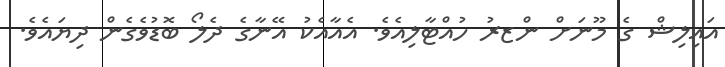
އައިލިޝް ގެ މޫނަށް ންޒރު ހުއްޓާލިއެވެ. އެއާއެކު އޭނާގެ ދެލޯ ބޮޑުވެގެން ދިޔައެވެ.